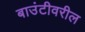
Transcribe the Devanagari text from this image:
बाउंटीवरील